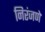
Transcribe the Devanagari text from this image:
निरंजणे